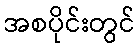
အစပိုင်းတွင်